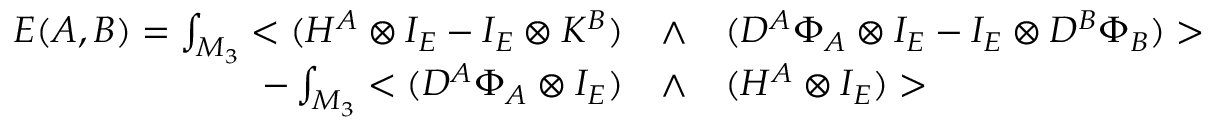
\begin{array} { r l l } { { { \cal E } ( A , B ) = \int _ { M _ { 3 } } < ( H ^ { A } \otimes I _ { E } - I _ { E } \otimes K ^ { B } ) } } & { { \wedge } } & { { ( D ^ { A } \Phi _ { A } \otimes I _ { E } - I _ { E } \otimes D ^ { B } \Phi _ { B } ) > } } \\ { { - \int _ { M _ { 3 } } < ( D ^ { A } \Phi _ { A } \otimes I _ { E } ) } } & { { \wedge } } & { { ( H ^ { A } \otimes I _ { E } ) > } } \end{array}